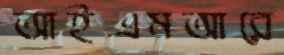
আইএমআরে